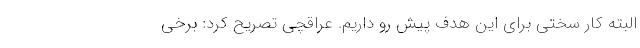
البته کار سختی برای‌ این هدف پیش رو داریم. عراقچی تصریح کرد: برخی